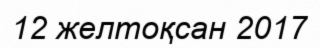
12 желтоқсан 2017